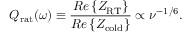
Q _ { \mathrm { r a t } } ( \omega ) \equiv \frac { R e \left\{ Z _ { \mathrm { R T } } \right\} } { R e \left\{ Z _ { \mathrm { c o l d } } \right\} } \propto \nu ^ { - 1 / 6 } .